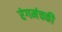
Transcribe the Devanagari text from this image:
रंगमंचकी